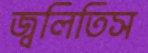
জ্বলিতিস